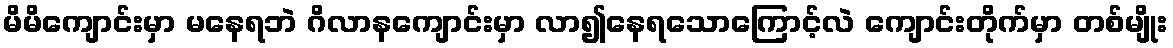
မိမိကျောင်းမှာ မနေရဘဲ ဂိလာနကျောင်းမှာ လာ၍နေရသောကြောင့်လဲ ကျောင်းတိုက်မှာ တစ်မျိုး